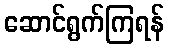
ဆောင်ရွက်ကြရန်